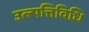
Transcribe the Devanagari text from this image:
उत्त्पत्तिविधि